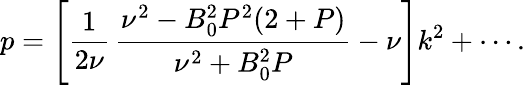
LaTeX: p=\left[\frac{1}{2\nu}\, \frac{\nu^{2}-B_{0}^{2}P^{2}(2+P)}{\nu^{2}+B_{0}^{2}P}-\nu\right]k^{2}+\cdots.